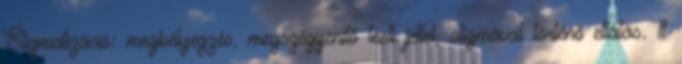
Stigmatizáció: megbélyegzés, megszégyenítő testi jellel, stigmával történő ellátás. 11